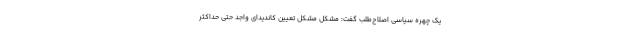
یک چهره سیاسی اصلاح‌طلب گفت: مشكل مشكل تعيين كانديداي واجد حتي حداكثر